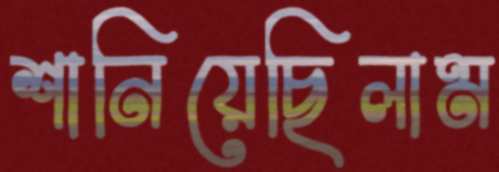
শানিয়েছিলাম